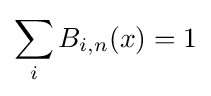
\sum _{i}B_{i,n}(x)=1